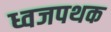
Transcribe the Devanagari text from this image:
ध्वजपथक